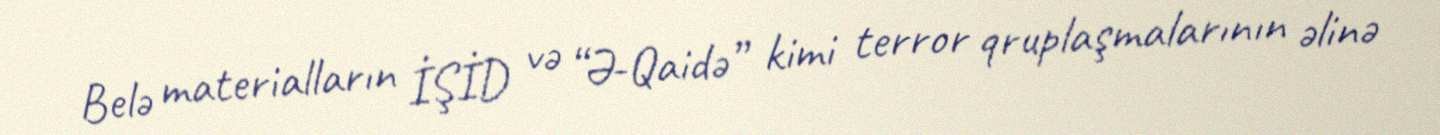
Belə materialların İŞİD və “Ə-Qaidə” kimi terror qruplaşmalarının əlinə